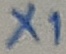
Text: X1